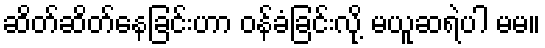
ဆိတ်ဆိတ်နေခြင်းဟာ ဝန်ခံခြင်းလို့ မယူဆရဲပါ မမ။